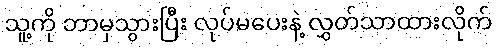
သူ့ကို ဘာမှသွားပြီး လုပ်မပေးနဲ့ လွှတ်သာထားလိုက်